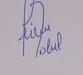
Signature authenticity: forged